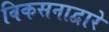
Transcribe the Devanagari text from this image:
विकसनाद्वारे